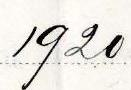
1920